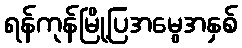
ရန်ကုန်မြို့ပြအမွေအနှစ်